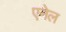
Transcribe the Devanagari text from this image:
एनेल